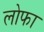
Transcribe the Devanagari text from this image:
लोफा